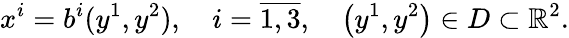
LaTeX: x^{i}=b^{i}(y^{1},y^{2}),\quad i=\overline{{1,3}},\quad\left(y^{1},y^{2}\right)\in D\subset\mathbb{R}^{2}.